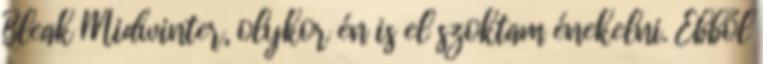
Bleak Midwinter, olykor én is el szoktam énekelni. Ebből